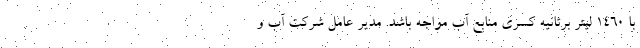
با ۱۴۶۰ لیتر برثانیه کسری منابع آب مواجه باشد. مدیر عامل شرکت آب و